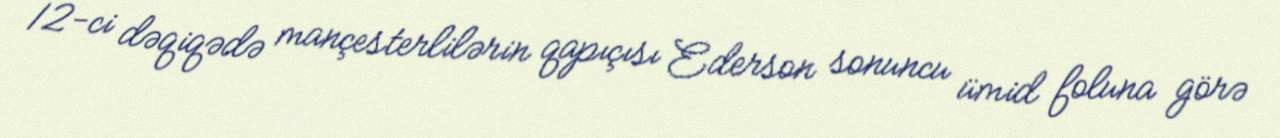
12-ci dəqiqədə mançesterlilərin qapıçısı Ederson sonuncu ümid foluna görə